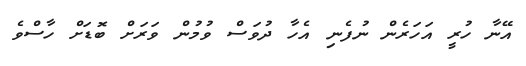
އޭނާ ހުރީ އަހަރެން ނުފެނި އެހާ ދުވަސް ވުމުން ވަރަށް ބޮޑަށް ހާސްވެ